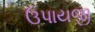
ઉપાયજી